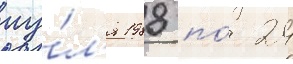
иу́л'я 1988 по́ 24